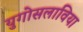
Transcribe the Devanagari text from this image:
युगोसलाविया